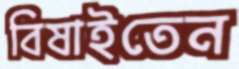
বিষাইতেন